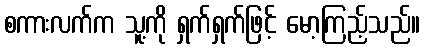
စကားလက်က သူ့ကို ရှက်ရှက်ဖြင့် မော့ကြည့်သည်။